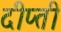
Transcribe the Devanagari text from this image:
दीप्‍ती